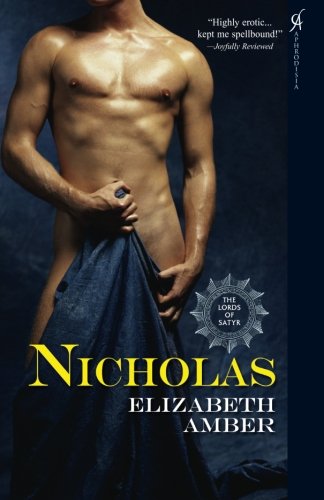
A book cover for Nicholas: The Lords of Satyr; Elizabeth Amber; Romance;